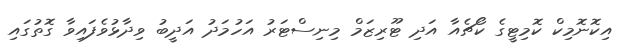
އިކޮނޮމިކް ކޮމިޓީގެ ކޯޗެއާ އަދި ޓޫރިޒަމް މިނިސްޓަރު އަހުމަދު އަދީބު ވިދާޅުވެފައިވާ ގޮތުގައި